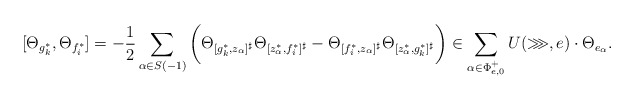
\begin{align*}[\Theta_{g_k^*},\Theta_{f_i^*}]=-\frac{1}{2}\sum\limits_{\alpha\in S(-1)}\bigg(\Theta_{[g_k^*,z_\alpha]^{\sharp}}\Theta_{[z_\alpha^*,f_i^*]^{\sharp}} -\Theta_{[f_i^*,z_\alpha]^{\sharp}}\Theta_{[z_\alpha^*,g_k^*]^{\sharp}}\bigg)\in\sum_{\alpha\in\Phi^+_{e,0}}U(\ggg,e)\cdot\Theta_{e_\alpha}.\end{align*}